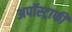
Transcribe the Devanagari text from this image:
अपॉस्ट्राफी